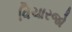
વિચારજો